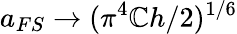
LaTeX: a_{FS}\rightarrow(\pi^{4}\mathbb{C}h/2)^{1/6}